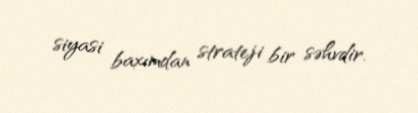
siyasi baxımdan strateji bir səhvdir.